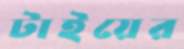
টাইয়ের